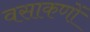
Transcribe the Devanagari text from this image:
वसाकणों